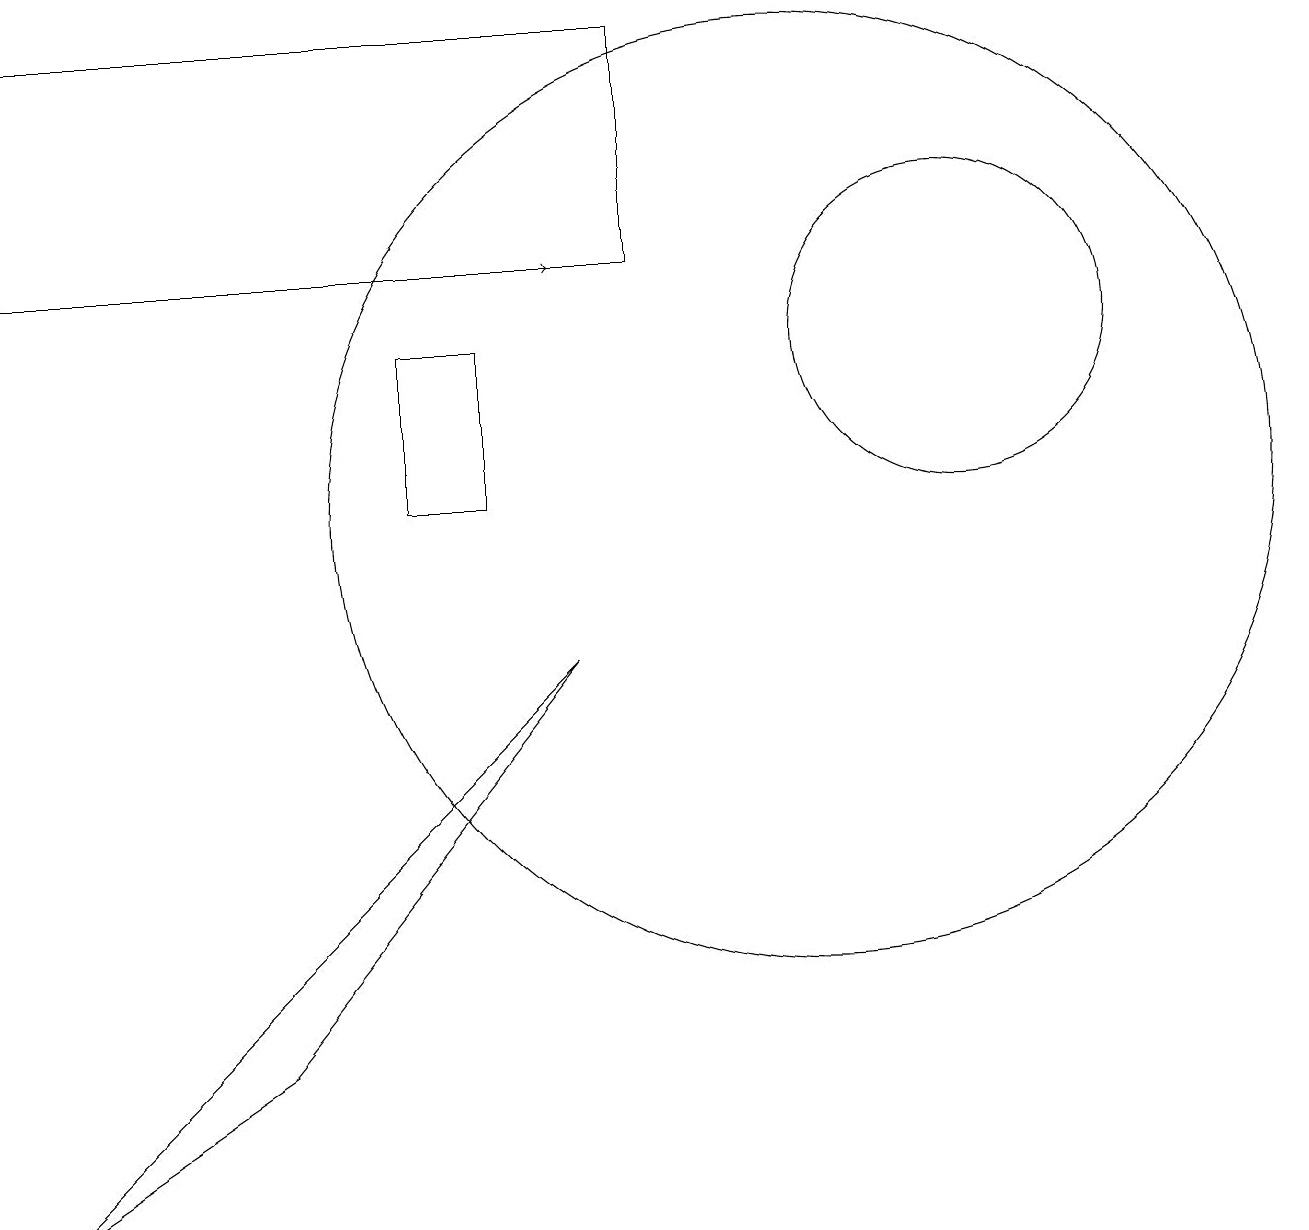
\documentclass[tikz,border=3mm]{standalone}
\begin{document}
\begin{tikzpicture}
\draw (6,10) rectangle (5,12);
\draw (0,16) rectangle (8,13);
\draw (12,12) circle (2);
\draw (10,10) circle (6);
\draw (3,3) -- (7,8) -- (0,1) -- cycle;
\draw (10,10) circle (0);
\draw[->] (4,13) -- (7,13);
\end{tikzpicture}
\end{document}